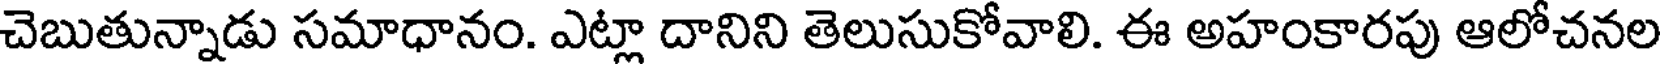
చెబుతున్నాడు సమాధానం. ఎట్లా దానిని తెలుసుకోవాలి. ఈ అహంకారపు ఆలోచనల